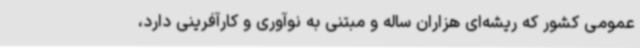
عمومی کشور که ریشه‌ای هزاران ساله و مبتنی به نوآوری و کارآفرینی دارد،